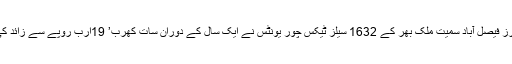
فیڈرل بورڈ آف ریونیو کے ریکارڈ کے مطابق ٹویوٹا موٹرز فیصل آباد سمیت ملک بھر کے 1632 سیلز ٹیکس چور یونٹس نے ایک سال کے دوران سات کھرب’ 19ارب روپے سے زائد کی خرید و فروخت ایسی کی جس پر سیلز ٹیکس ادا نہیں کیا۔